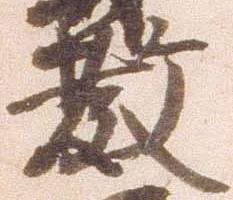
教